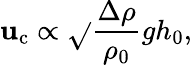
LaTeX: \mathbf{u}_{\mathrm{{c}}}\propto\sqrt{}{{\frac{{\Delta\rho}}{{\rho_{0}}}gh_{0}}},